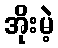
အိုးမဲ့